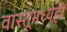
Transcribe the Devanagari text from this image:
वास्तूमध्येही